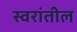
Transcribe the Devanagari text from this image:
स्वरांतील